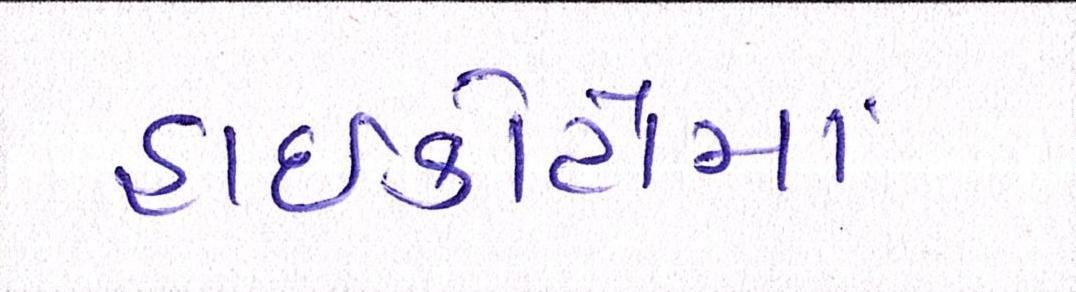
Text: હાઇકોર્ટોમાં